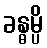
ခန္ဓမ္ပိ